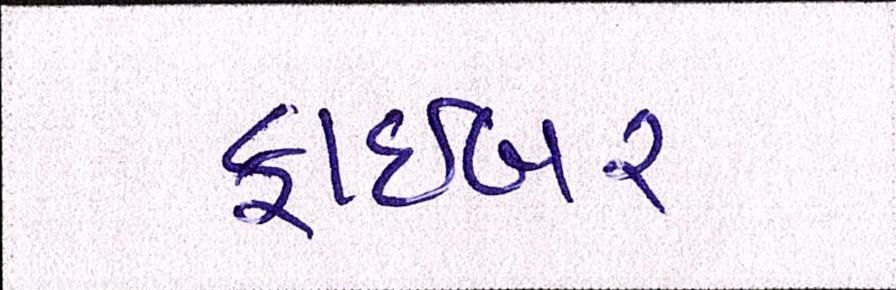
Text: ફાઇબર